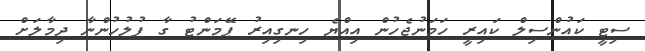
ސިޓީ ކައުންސިލް ކައިރީ ހަމަނުޖެހުން އިއްޔެ ހިނގިއިރު ޕޭމަންޓު ގާ ފުލުހުންނާ ދިމާލަށް